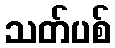
သတ်ပစ်